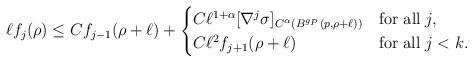
LaTeX: \begin{align*}\ell f_j(\rho) &\leq Cf_{j-1}(\rho + \ell) + \begin{cases}C\ell^{1+\alpha} [\nabla^{j}\sigma]_{C^{\alpha}(B^{g_P}(p,\rho+\ell))} & {\rm for \; all}\;j,\\C\ell^2 f_{j+1}(\rho+\ell) &{\rm for\;all}\;j < k.\end{cases}\end{align*}